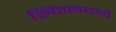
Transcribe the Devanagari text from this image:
खिताबधारी